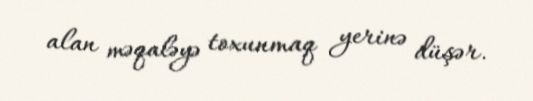
alan məqaləyə toxunmaq yerinə düşər.